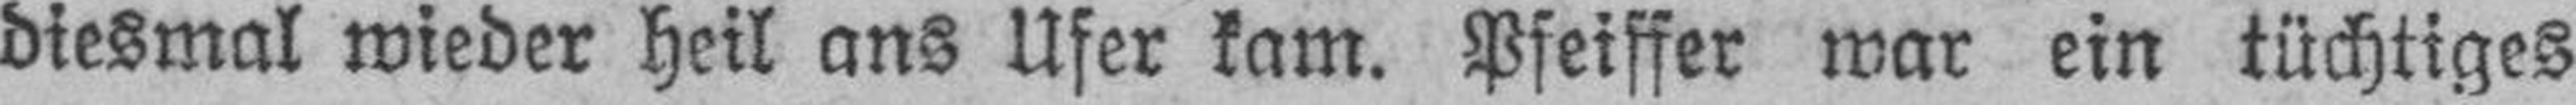
diesmal wieder heil ans Ufer kam. Pfeiffer war ein tüchtiges